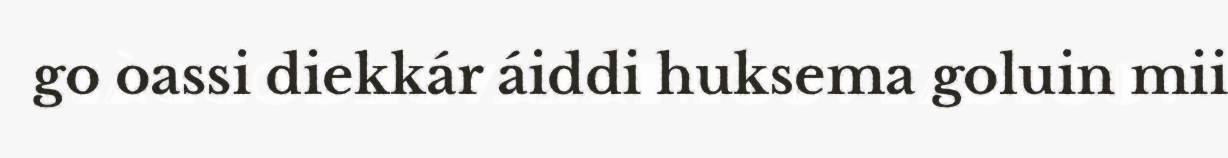
go oassi diekkár áiddi huksema goluin mii